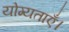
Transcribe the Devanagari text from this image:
योग्यताएँ।